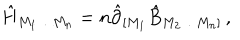
LaTeX: \hat { H } _ { M _ { 1 } \ldots M _ { n } } = n \hat { \partial } _ { [ M _ { 1 } } \hat { B } _ { M _ { 2 } \ldots M _ { n } ] } \, ,